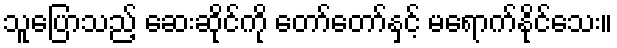
သူပြောသည့် ဆေးဆိုင်ကို တော်တော်နှင့် မရောက်နိုင်သေး။